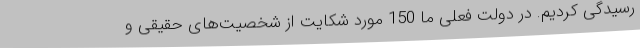
رسیدگی کردیم. در دولت فعلی ما 150 مورد شکایت از شخصیت‌های حقیقی و